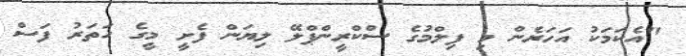
"އެކަމަކު އަހަރެން މި ފިލްމުގެ ސްކްރީންޕްލޭ ލިޔަން ފެށީ މީގެ ހަތަރު ފަސް